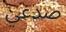
صدغي